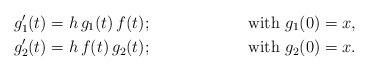
\begin{align*} & g_1'(t)=h\, g_1(t)\, f(t); & \textrm{with } g_1(0)=x , \\ & g_2'(t)=h \, f(t) \, g_2(t); & \textrm{with } g_2(0)=x . \end{align*}